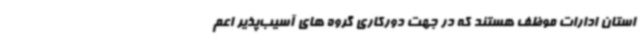
استان ادارات موظف هستند که در جهت دورکاری گروه‌ های آسیب‌پذیر اعم